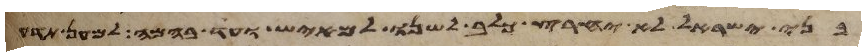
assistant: בני ישראל לא יחרץ כלב לשנו למאיש ועד בהמה למען תדע